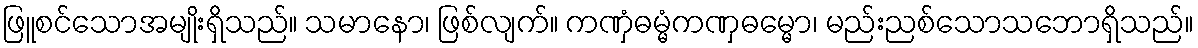
ဖြူစင်သောအမျိုးရှိသည်။ သမာနော၊ ဖြစ်လျက်။ ကဏှံဓမ္မံကဏှဓမ္မော၊ မည်းညစ်သောသဘောရှိသည်။